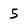
Character: 5